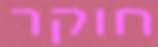
חוקר